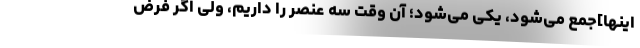
اینها]جمع می‌شود، یکی می‌شود؛ آن وقت سه عنصر را داریم، ولی اگر فرض